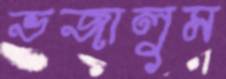
ভজালুম